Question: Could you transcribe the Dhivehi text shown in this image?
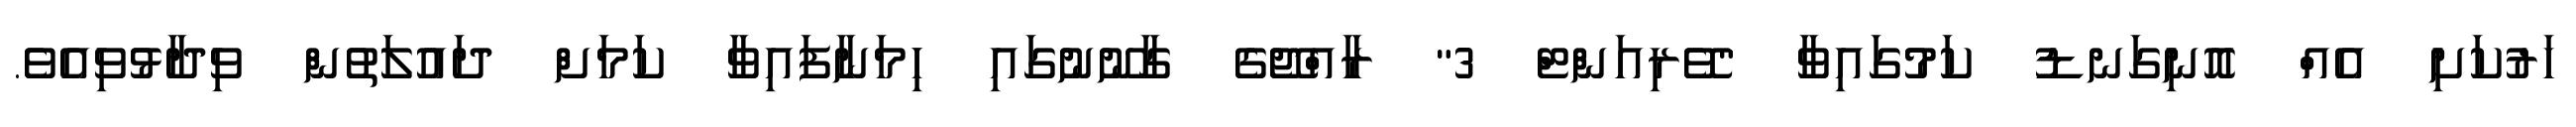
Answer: ހަރުކަށި އެއް އޮނިގަނޑު ކަމުގައިވާ "ވޭރިއަންޓް 3" ރާއްޖޭގެ ގާނޫނުގައި ހިމަނާފައިވާ ކަމަށް ދައުލަތުން ވިދާޅުވިއެވެ.